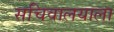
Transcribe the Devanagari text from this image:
सचिवालयाला